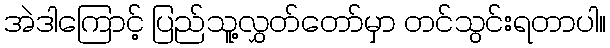
အဲဒါကြောင့် ပြည်သူ့လွှတ်တော်မှာ တင်သွင်းရတာပါ။